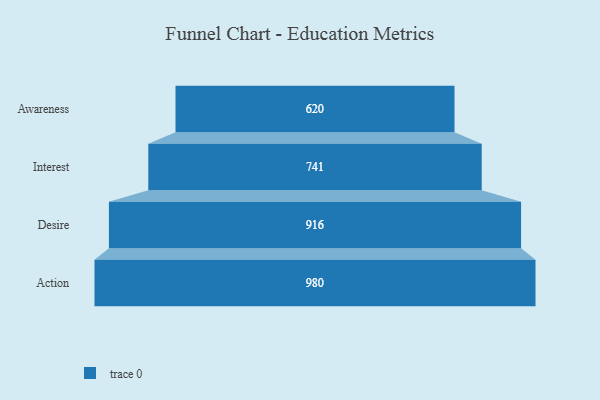
{"axis": {"x": "Stage", "y": "Value"}, "legend": [""], "data": [{"x": "Awareness", "y": 620.0, "type": ""}, {"x": "Interest", "y": 741.0, "type": ""}, {"x": "Desire", "y": 916.0, "type": ""}, {"x": "Action", "y": 980.0, "type": ""}]}